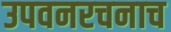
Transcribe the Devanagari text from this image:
उपवनरचनाच